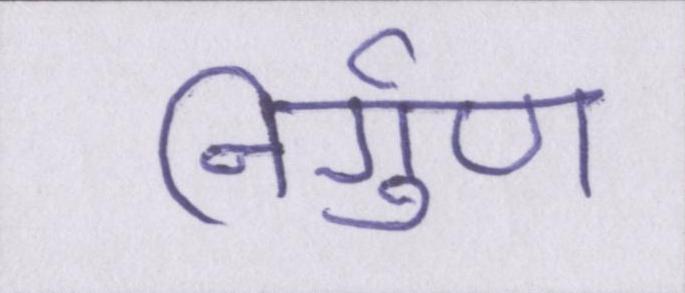
निर्गुण